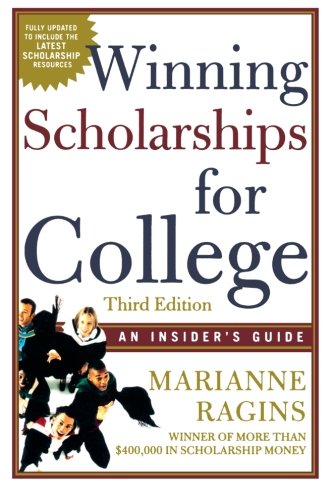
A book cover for Winning Scholarships For College, Third Edition: An Insider's Guide; Marianne Ragins; Business & Money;